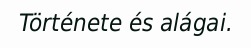
Története és alágai.